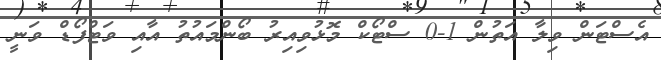
އެސްޓަން ވިލާ އަތުން 1-0 ސްޓޯކް މޮޅުވިއިރު ބޯންމައުތު އާއި ވަޓްފޯޑް ވަނީ